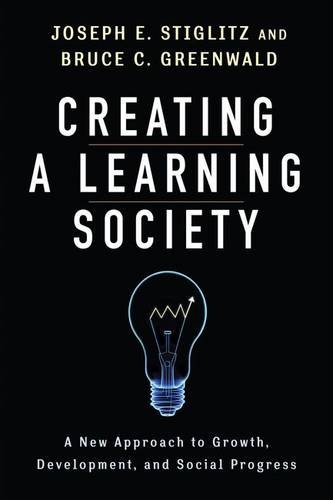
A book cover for Creating a Learning Society: A New Approach to Growth, Development, and Social Progress (Kenneth J. Arrow Lecture Series); Joseph E. Stiglitz; Business & Money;